Vaccination Hyderabad 1890-1903 - 1890-1903
Year: 1890
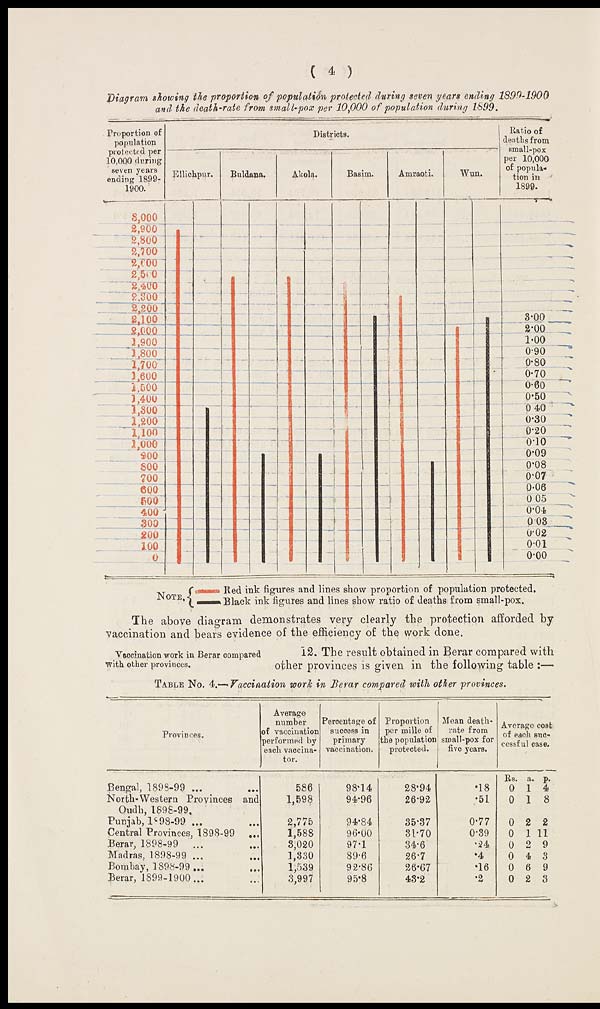
( 4 )
Diagram showing the proportion of population protected during seven years ending 1899-1900
and the death-rate from small-pox per 10,000 of population during 1899.
The above diagram demonstrates very clearly the protection afforded by
vaccination and bears evidence of the efficiency of the work done.
Vaccination work in Berar compared
with other provinces.
12. The result obtained in Berar compared with
other provinces is given in the following table :—
Provinces.
Bengal, 1898-99 ... ...
North-Western Provinces and
Oudh, 1898-99.
Punjab, l898-99 ... ...
Central Provinces, 1898-99 ...
Berar, 1898-99 ... ...
Madras, 1898-99 ... ...
Bombay, 1898-99... ...
Berar, 1899-1900... ...
Average
number
of vaccination
performed by
each vaccina-
tor.
586
1,598
2,775
1,588
3,020
1,330
1,539
3,997
Percentage of
success in
primary
vaccination.
98.14
94.96
94.84
96.00
97.1
89.6
92.86
95.8
Proportion
per mille of
the population
protected.
28.94
26.92
35.37
31.70
34.6
26.7
26.67
43.2
Mean death-
rate from
small-pox for
five years.
.18
.51
0.77
0.39
.24
.4
.16
.2
Average cost
of each suc-
cessful case.
Rs.
0
0
0
0
0
0
0
0
a.
1
1
2
1
2
4
6
2
p.
4
8
2
11
9
3
9
3
TABLE No. 4.— Vaccination work in Berar compared with other provinces.